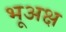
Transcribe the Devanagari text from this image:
भूअक्ष